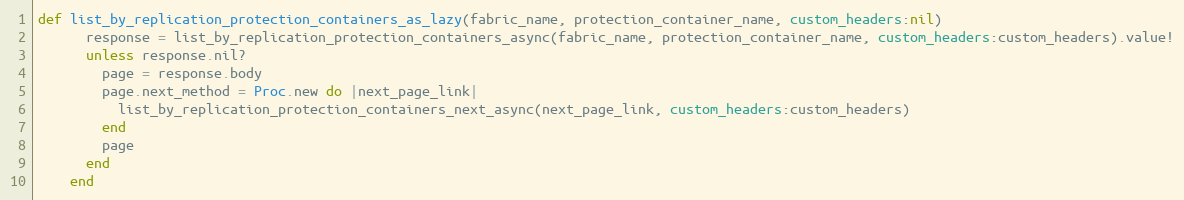
Language: Ruby
def list_by_replication_protection_containers_as_lazy(fabric_name, protection_container_name, custom_headers:nil)
      response = list_by_replication_protection_containers_async(fabric_name, protection_container_name, custom_headers:custom_headers).value!
      unless response.nil?
        page = response.body
        page.next_method = Proc.new do |next_page_link|
          list_by_replication_protection_containers_next_async(next_page_link, custom_headers:custom_headers)
        end
        page
      end
    end